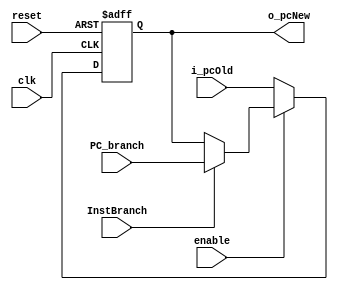
module ProgramCounter(
    input           clk,
    input           reset,
    input           enable,
    input           InstBranch,
    input  [11:0]   PC_branch,
    input  [11:0]   i_pcOld,
    output [11:0]   o_pcNew
);

reg     [11:0]      r_pcNew;

always@(posedge clk or negedge reset)begin
    if(~reset)
        r_pcNew <= 0;
    else if(!enable)
        r_pcNew <= i_pcOld;
    else if(InstBranch)
        r_pcNew <= PC_branch;
end

assign o_pcNew = r_pcNew;

endmodule